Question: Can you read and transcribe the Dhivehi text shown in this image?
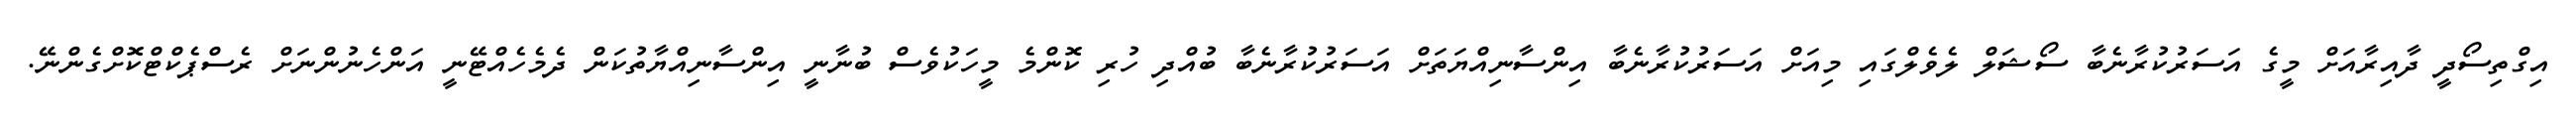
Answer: އިގްތިސޯދީ ދާއިރާއަށް މީގެ އަސަރުކުރާނެބާ ސޯޝަލް ލެވެލްގައި މިއަށް އަސަރުކުރާނެބާ އިންސާނިއްޔަތަށް އަސަރުކުރާނެބާ ބުއްދި ހުރި ކޮންމެ މީހަކުވެސް ބުނާނީ އިންސާނިއްޔާތުކަން ދެމެހެއްޓޭނީ އަންހެނުންނަށް ރެސްޕެކްޓްކޮށްގެންނޭ.